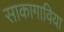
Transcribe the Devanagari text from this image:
साकागाविया